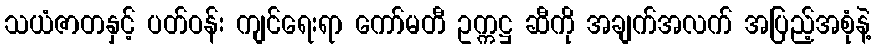
သယံဇာတနှင့် ပတ်ဝန်း ကျင်ရေးရာ ကော်မတီ ဥက္ကဋ္ဌ ဆီကို အချက်အလက် အပြည့်အစုံနဲ့